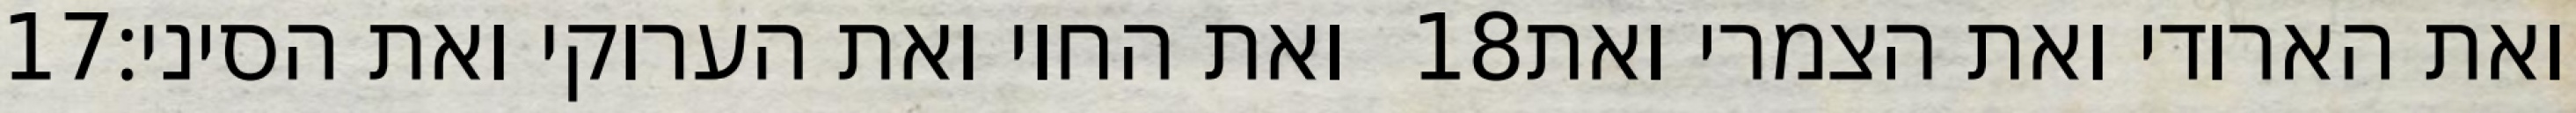
‎17‏ ואת החוי ואת הערוקי ואת הסיני׃ ‎18‏ ואת הארודי ואת הצמרי ואת